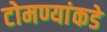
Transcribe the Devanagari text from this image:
टोमण्यांकडे